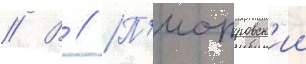
// В // П'иотровск'ии